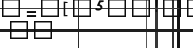
٤٢